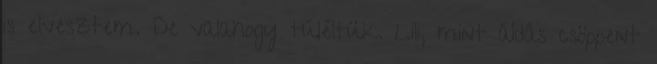
is elvesztem. De valahogy túléltük. Lili, mint áldás csöppent